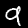
Label: 9